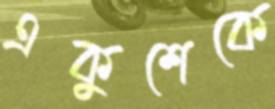
একুশেকে